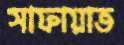
সাফায়াত